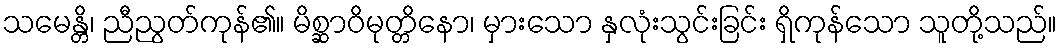
သမေန္တိ၊ ညီညွတ်ကုန်၏။ မိစ္ဆာဝိမုတ္တိနော၊ မှားသော နှလုံးသွင်းခြင်း ရှိကုန်သော သူတို့သည်။